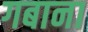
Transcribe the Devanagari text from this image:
गबाना